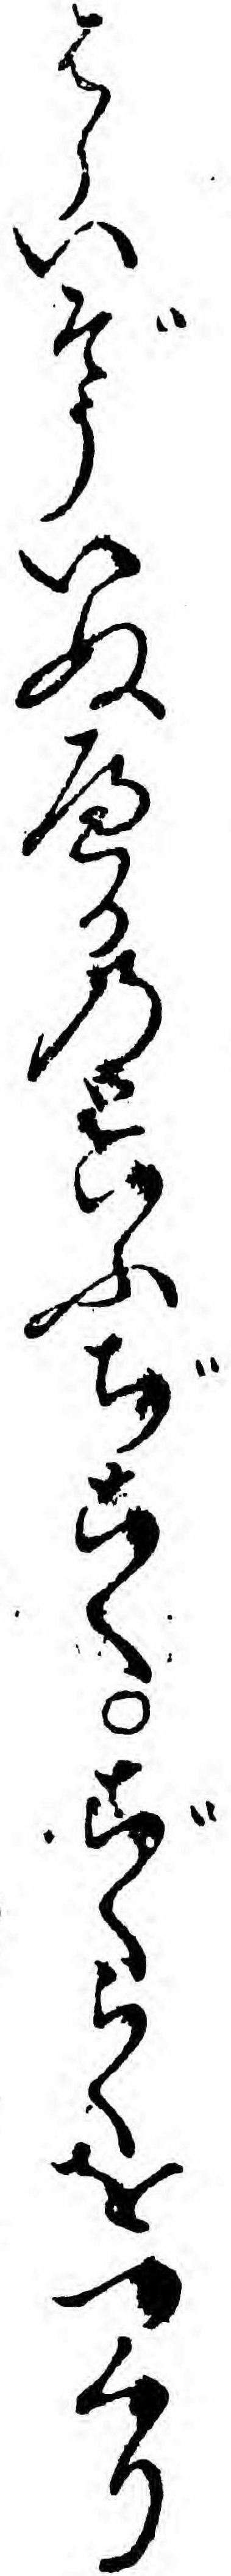
はらいぞういぬへるのといふぢこくごくらくをつくり